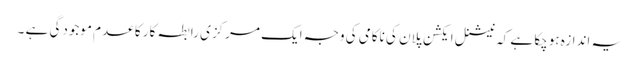
یہ اندازہ ہوچکا ہے کہ نیشنل ایکشن پلان کی ناکامی کی وجہ ایک مرکزی رابطہ کار کا عدم موجودگی ہے ۔